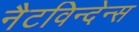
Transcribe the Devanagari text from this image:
नैटविन्देन्स